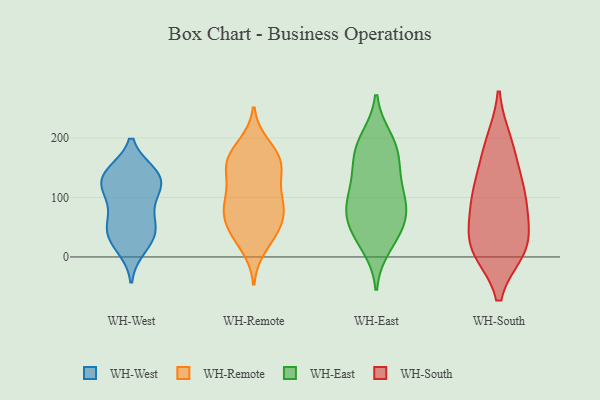
{"axis": {"x": "Latency (ms)", "y": "Value"}, "legend": ["WH-East", "WH-Remote", "WH-South", "WH-West"], "data": [{"x": "", "y": 131, "type": "WH-West"}, {"x": "", "y": 49, "type": "WH-West"}, {"x": "", "y": 108, "type": "WH-West"}, {"x": "", "y": 15, "type": "WH-West"}, {"x": "", "y": 111, "type": "WH-West"}, {"x": "", "y": 134, "type": "WH-West"}, {"x": "", "y": 48, "type": "WH-West"}, {"x": "", "y": 62, "type": "WH-West"}, {"x": "", "y": 140, "type": "WH-West"}, {"x": "", "y": 92, "type": "WH-West"}, {"x": "", "y": 39, "type": "WH-West"}, {"x": "", "y": 136, "type": "WH-West"}, {"x": "", "y": 141, "type": "WH-West"}, {"x": "", "y": 27, "type": "WH-West"}, {"x": "", "y": 123, "type": "WH-Remote"}, {"x": "", "y": 42, "type": "WH-Remote"}, {"x": "", "y": 57, "type": "WH-Remote"}, {"x": "", "y": 144, "type": "WH-Remote"}, {"x": "", "y": 188, "type": "WH-Remote"}, {"x": "", "y": 17, "type": "WH-Remote"}, {"x": "", "y": 165, "type": "WH-Remote"}, {"x": "", "y": 149, "type": "WH-Remote"}, {"x": "", "y": 56, "type": "WH-Remote"}, {"x": "", "y": 35, "type": "WH-Remote"}, {"x": "", "y": 90, "type": "WH-Remote"}, {"x": "", "y": 83, "type": "WH-Remote"}, {"x": "", "y": 74, "type": "WH-Remote"}, {"x": "", "y": 92, "type": "WH-Remote"}, {"x": "", "y": 163, "type": "WH-Remote"}, {"x": "", "y": 153, "type": "WH-Remote"}, {"x": "", "y": 177, "type": "WH-Remote"}, {"x": "", "y": 95, "type": "WH-Remote"}, {"x": "", "y": 145, "type": "WH-East"}, {"x": "", "y": 78, "type": "WH-East"}, {"x": "", "y": 170, "type": "WH-East"}, {"x": "", "y": 50, "type": "WH-East"}, {"x": "", "y": 91, "type": "WH-East"}, {"x": "", "y": 53, "type": "WH-East"}, {"x": "", "y": 199, "type": "WH-East"}, {"x": "", "y": 91, "type": "WH-East"}, {"x": "", "y": 110, "type": "WH-East"}, {"x": "", "y": 18, "type": "WH-East"}, {"x": "", "y": 135, "type": "WH-East"}, {"x": "", "y": 33, "type": "WH-East"}, {"x": "", "y": 178, "type": "WH-East"}, {"x": "", "y": 74, "type": "WH-East"}, {"x": "", "y": 193, "type": "WH-East"}, {"x": "", "y": 86, "type": "WH-South"}, {"x": "", "y": 17, "type": "WH-South"}, {"x": "", "y": 134, "type": "WH-South"}, {"x": "", "y": 185, "type": "WH-South"}, {"x": "", "y": 83, "type": "WH-South"}, {"x": "", "y": 12, "type": "WH-South"}, {"x": "", "y": 193, "type": "WH-South"}, {"x": "", "y": 94, "type": "WH-South"}, {"x": "", "y": 12, "type": "WH-South"}, {"x": "", "y": 124, "type": "WH-South"}, {"x": "", "y": 39, "type": "WH-South"}, {"x": "", "y": 15, "type": "WH-South"}]}